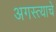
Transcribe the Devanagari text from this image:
अगस्त्याचे